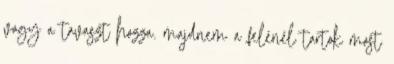
vagy a tavaszt hozza. majdnem a felénél tartok most